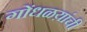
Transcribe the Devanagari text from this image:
गोंधळय़ांची